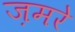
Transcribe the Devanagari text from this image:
ज़मरे